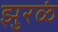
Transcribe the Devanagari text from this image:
झुरळं